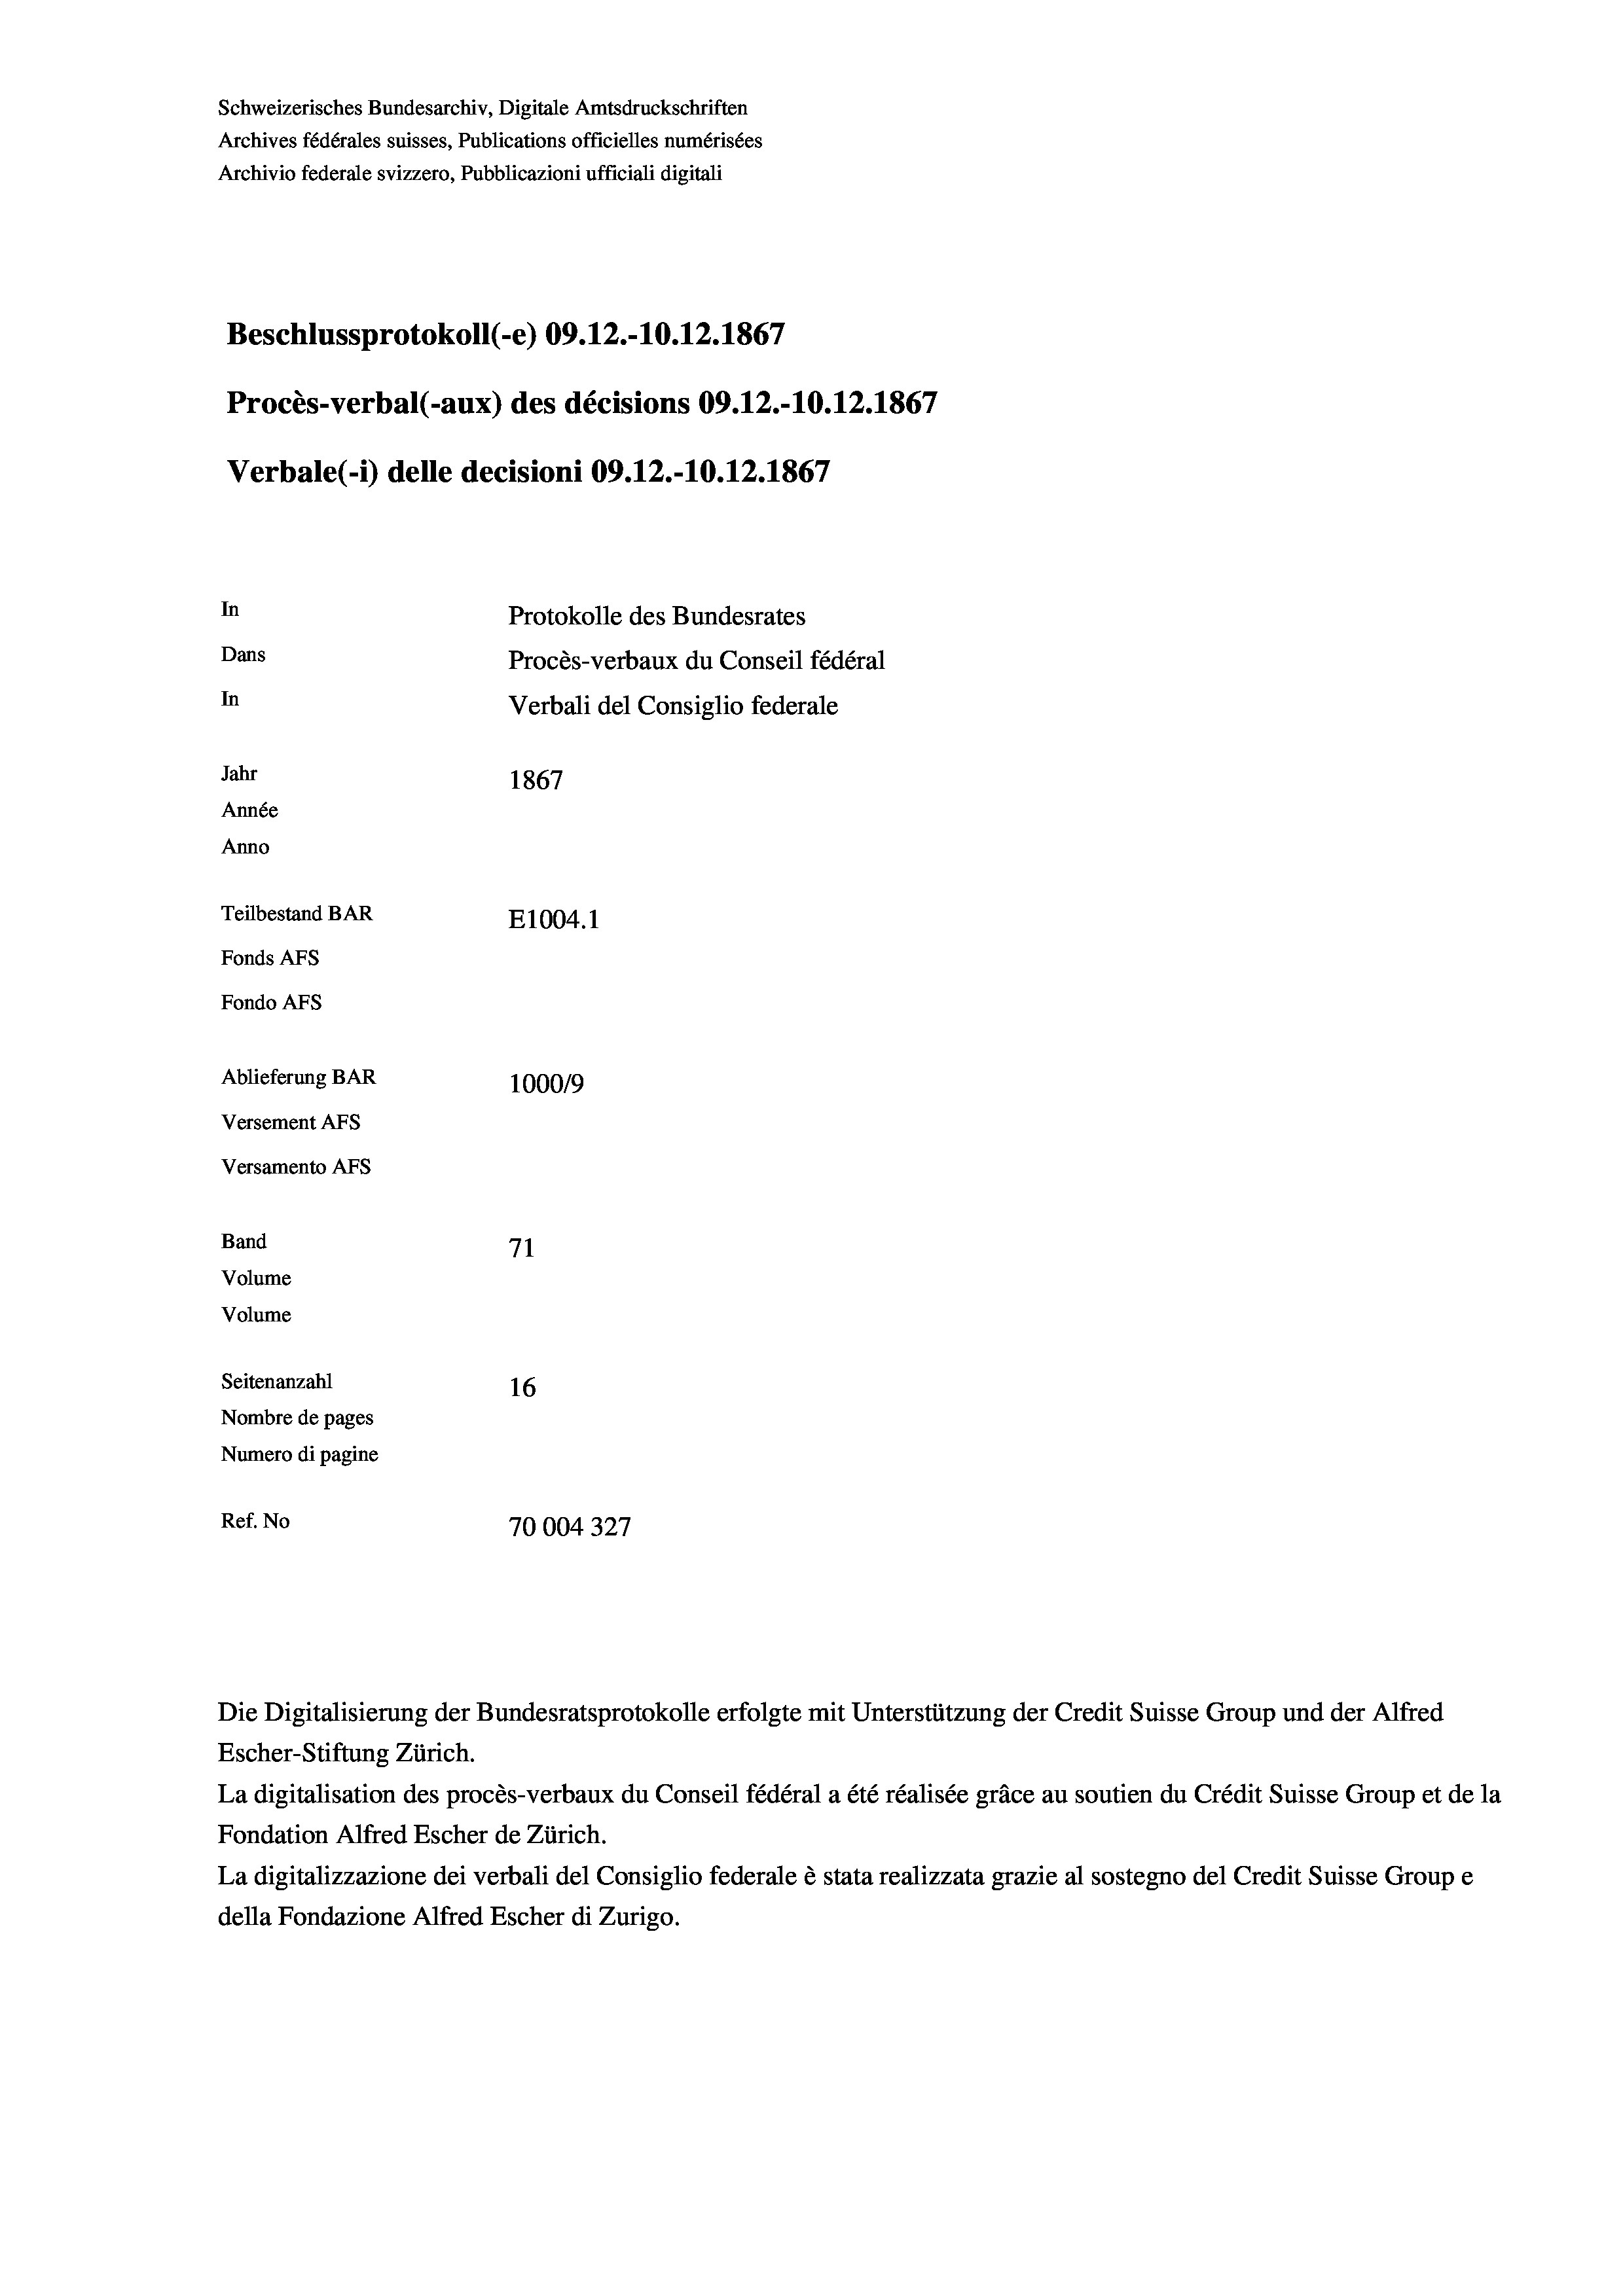
Schweizerisches Bundesarchiv, Digitale Amtsdruckschriften
Archives fédérales suisses, Publications officielles numérisées
Archivio federale svizzero, Pubblicazioni ufficiali digitali
Beschlussprotokoll (-e) 09.12.-10.12.1867
Procès-verbal (-aux) des décisions 09.12.-10.12.1867
Verbale (1) delle decisioni 09.12.-10.12.1867
In
Protokolle des Bundesrates
Dans
Procès-verbaux du Conseil fédéral
In
Verbali del Consiglio federale
Jahr
1867
Année
Anno
Teilbestand BAR
E1004.1
Fonds AFs
Fondo AFs
Ablieferung BAR
100019
Versement AFs
Versamento AFs
Band
71
Volume
Volume
Seitenanzahl
16
Nombre de pages
Numero di pagine
Ref. No
70004327

Die Digitalisierung der Bundesratsprotokolle erfolgte mit Unterstützung der Credit Suisse Group und der Alfred

La digitalisation des procès-verbaux du Conseil fédéral a été réalisée gräce au soutien du Crédit Suisse Group et de la
Fondation Alfred Escher de Zürich.
La digitalizzazione dei verbali del Consiglio federale è stata realizzata grazie al sostegno del Credit Suisse Groupe
della Fondazione Alfred Escher di Zurigo.

Escher-Stiftung Zürich.